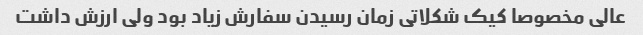
عالی مخصوصا کیک شکلاتی زمان رسیدن سفارش زیاد بود ولی ارزش داشت